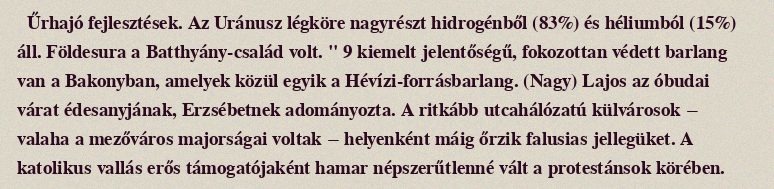
Űrhajó fejlesztések. Az Uránusz légköre nagyrészt hidrogénből (83%) és héliumból (15%) áll. Földesura a Batthyány-család volt. " 9 kiemelt jelentőségű, fokozottan védett barlang van a Bakonyban, amelyek közül egyik a Hévízi-forrásbarlang. (Nagy) Lajos az óbudai várat édesanyjának, Erzsébetnek adományozta. A ritkább utcahálózatú külvárosok − valaha a mezőváros majorságai voltak − helyenként máig őrzik falusias jellegüket. A katolikus vallás erős támogatójaként hamar népszerűtlenné vált a protestánsok körében.